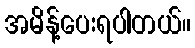
အမိန့်ပေးရပါတယ်။